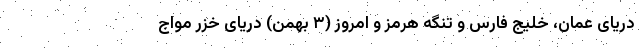
دریای عمان، خلیج فارس و تنگه هرمز و امروز (۳ بهمن) دریای خزر مواج